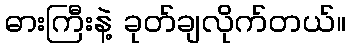
ဓားကြီးနဲ့ ခုတ်ချလိုက်တယ်။